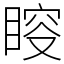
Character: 𥈃